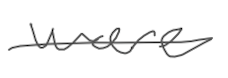
Text: were
Cross-out: single-line
Writing tool: digital_gray